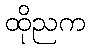
ထိုညက